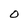
Character: O